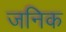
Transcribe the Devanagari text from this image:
जनिक